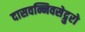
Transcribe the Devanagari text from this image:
दासवन्निवसेद्गुरो